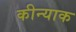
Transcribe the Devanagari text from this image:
कीन्याक